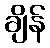
ချိန်